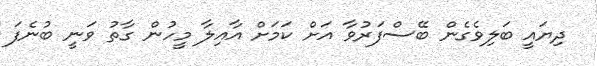
ދިޔައީ ބަލިވެގެން ބޭސްފަރުވާ އަށް ކަމަށް އާއިލާ މީހުން ގާތު ވަނީ ބުނެފަ